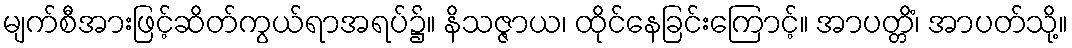
မျက်စီအားဖြင့်ဆိတ်ကွယ်ရာအရပ်၌။ နိသဇ္ဇာယ၊ ထိုင်နေခြင်းကြောင့်။ အာပတ္တိံ၊ အာပတ်သို့။